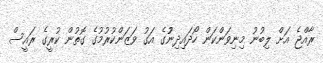
ރާއްޖެ އަށް ލިބުނު މިނިވަންކަން ހޯދައިދިނުުގެ އަގު ވަޒަންކުރުމުގެ ގޮތުން ކުރީގެ ރައީސް